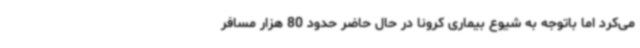
می‌کرد اما باتوجه به شیوع بیماری کرونا در حال حاضر حدود 80 هزار مسافر